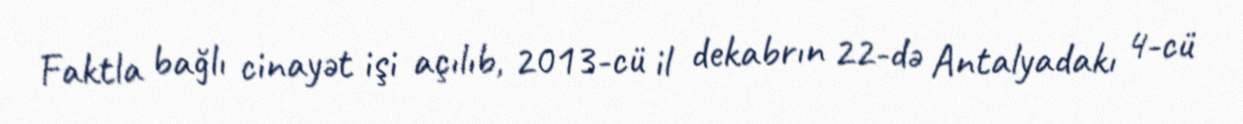
Faktla bağlı cinayət işi açılıb, 2013-cü il dekabrın 22-də Antalyadakı 4-cü